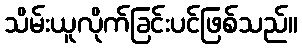
သိမ်းယူလိုက်ခြင်းပင်ဖြစ်သည်။